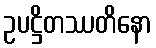
ဥပဋ္ဌိတဿတိနော